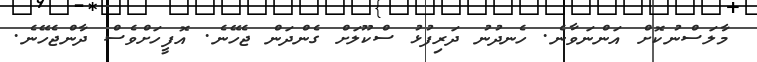
މާލަސްނުކޮށް އަންނަވާނެ. ހެނދުނު ދަރިފުޅު ސްކޫލަށް ގެންދަން ޖެހޭނެ. އޮފީހަށްވެސް ދާންޖެހޭނެ.